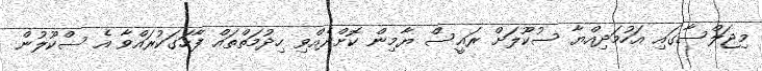
މިޖަލްސާގައި އަހުމަދިއްޔާ ސުކޫލަށް ރައީސް ޔާމިން ކޮށްދެއްވި ހިދުމަތްތައް ފާހަގަކުރައްވާ އެ ސްކޫލުން